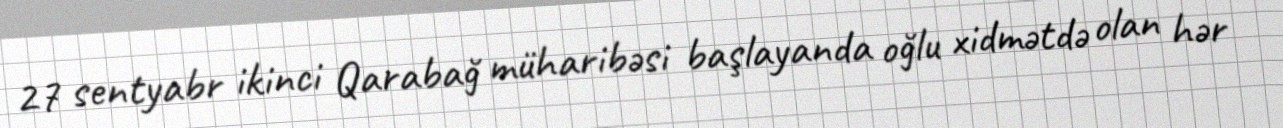
27 sentyabr ikinci Qarabağ müharibəsi başlayanda oğlu xidmətdə olan hər